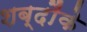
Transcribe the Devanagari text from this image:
शब्दौंके